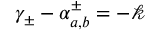
\gamma _ { \pm } - \alpha _ { a , b } ^ { \pm } = - \mathscr { k }